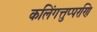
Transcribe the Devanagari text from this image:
कलिंगत्तुप्परणि